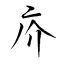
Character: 疥